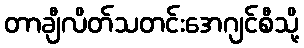
တာချီလိတ်သတင်းအေဂျင်စီသို့